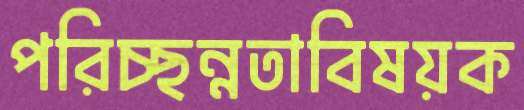
পরিচ্ছন্নতাবিষয়ক